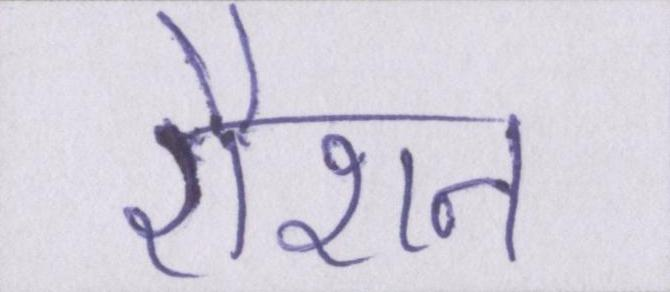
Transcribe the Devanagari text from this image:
रौशन